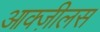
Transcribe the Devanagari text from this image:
आक्ज़ीलस